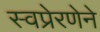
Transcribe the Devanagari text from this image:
स्वप्रेरणेने